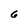
Character: 6